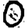
Digit: 0